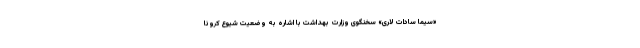
«سیما سادات لاری» سخنگوی وزارت بهداشت با اشاره به وضعیت شیوع کرونا